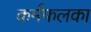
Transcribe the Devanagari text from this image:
कर्मफलका